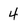
Character: 4